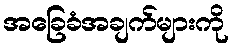
အခြေခံအချက်များကို